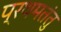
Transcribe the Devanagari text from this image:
प्रथमतंतु